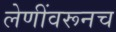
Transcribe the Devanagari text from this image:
लेणींवरूनच